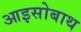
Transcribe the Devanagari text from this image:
आइसोबाथ